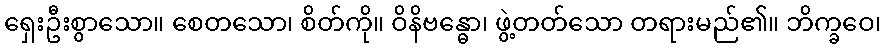
ရှေးဦးစွာသော။ စေတသော၊ စိတ်ကို။ ဝိနိဗန္ဓော၊ ဖွဲ့တတ်သော တရားမည်၏။ ဘိက္ခဝေ၊